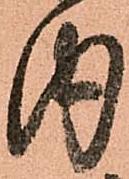
内